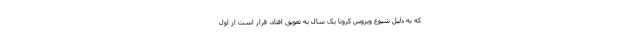
که به دلیل شیوع ویروس کرونا یک سال به تعویق افتاد، قرار است از اول